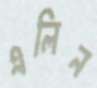
এলিন